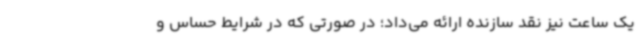
یک ساعت نیز نقد سازنده ارائه می‌داد؛ در صورتی که در شرایط حساس و